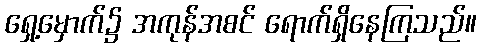
ရှေ့မှောက်၌ အကုန်အစင် ရောက်ရှိနေကြသည်။